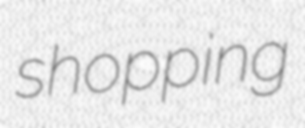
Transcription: shopping